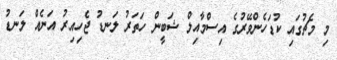
މި މެޗުގައި ކުޑަހެންވޭރުގެ އިސްމާއިލް ޝަބީން ހަތަރު ލަނޑު ޖެހިއިރު އަނެއް ލަނޑު